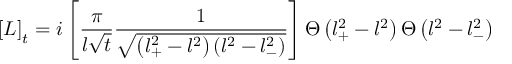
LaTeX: \left[ { \cal L } \right] _ { t } = i \left[ \frac { \pi } { l \sqrt { t } } \frac { 1 } { \sqrt { \left( l _ { + } ^ { 2 } - l ^ { 2 } \right) \left( l ^ { 2 } - l _ { - } ^ { 2 } \right) } } \right] \Theta \left( l _ { + } ^ { 2 } - l ^ { 2 } \right) \Theta \left( l ^ { 2 } - l _ { - } ^ { 2 } \right)